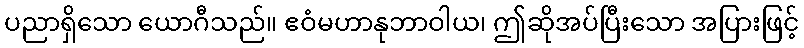
ပညာရှိသော ယောဂီသည်။ ဧဝံမဟာနုဘာဝါယ၊ ဤဆိုအပ်ပြီးသော အပြားဖြင့်